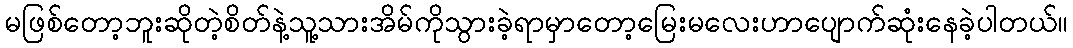
မဖြစ်တော့ဘူးဆိုတဲ့စိတ်နဲ့သူ့သားအိမ်ကိုသွားခဲ့ရာမှာတော့မြေးမလေးဟာပျောက်ဆုံးနေခဲ့ပါတယ်။